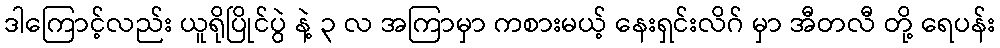
ဒါကြောင့်လည်း ယူရိုပြိုင်ပွဲ နဲ့ ၃ လ အကြာမှာ ကစားမယ့် နေးရှင်းလိဂ် မှာ အီတလီ တို့ ရေပန်း